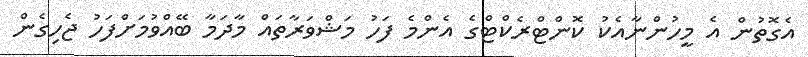
އެގޮތުން އެ މީހުންނާއެކު ކޮންޓްރެކްޓްގެ އެންމެ ފަހު މަޝްވަރާތައް މާދަމާ ބޭއްވުމަށްފަހު ޖެހިގެން